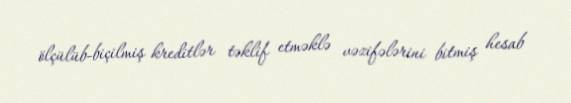
ölçülüb-biçilmiş kreditlər təklif etməklə vəzifələrini bitmiş hesab